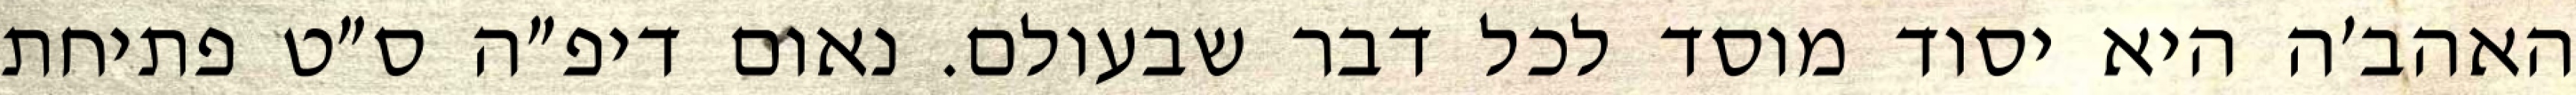
האהב׳ה היא יסוד מוסד לכל דבר שבעולם. נאום דיפ״ה ס״ט פתיחת